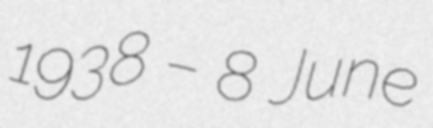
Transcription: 1938 – 8 June